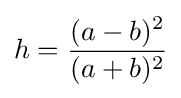
h={\frac {(a-b)^{2}}{(a+b)^{2}}}